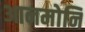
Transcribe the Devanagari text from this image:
आनमोनि